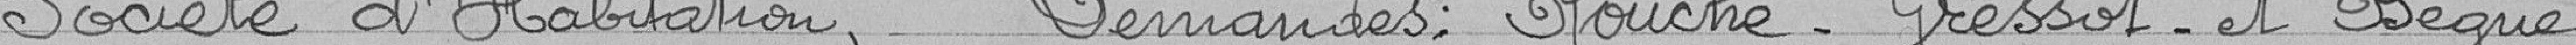
Société d'Habitation Demandes  Rouché - Gressot - et Bègue